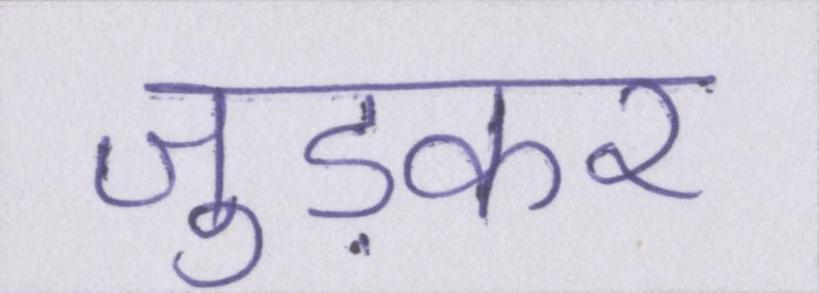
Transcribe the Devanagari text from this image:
जुड़कर